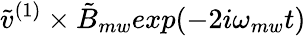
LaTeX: \tilde{v}^{(1)}\times\tilde{B}_{mw}exp(-2i\omega_{mw}t)